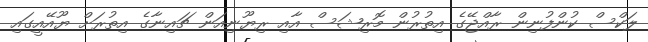
ލަކްސް ކުންފުނިން ރާއްޖޭގެ އިތުރުން މޮރިޝަސް އާއި ރިޔޫނިއަން ޗައިނާގެ އިތުރަށް ޔޫއޭއީގައި